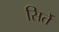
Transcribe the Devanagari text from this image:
सिर्ते